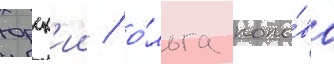
юрск'ии / о́льга попо́ва